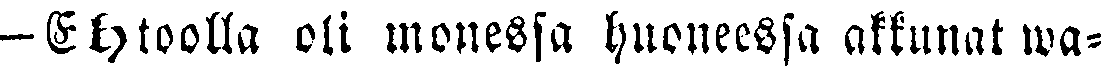
-Ehtoolla oli monessa huoneessa akkunat wa-